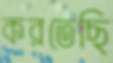
করতেছি